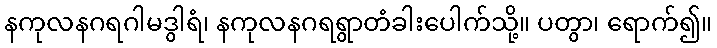
နကုလနဂရဂါမဒွါရံ၊ နကုလနဂရရွာတံခါးပေါက်သို့။ ပတွာ၊ ရောက်၍။